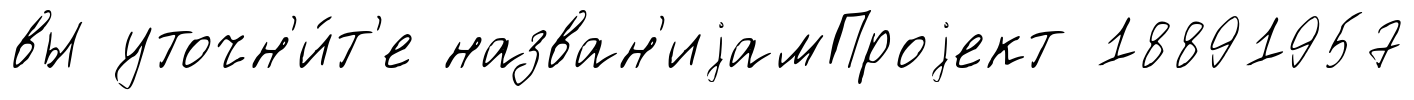
вы уточн'и́т'е назван'иjамПроjект 18891957